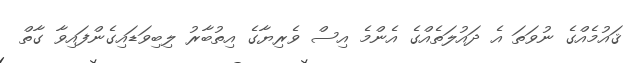
ޤައުމެއްގެ ނުވަތަ އެ ދައުލަތެއްގެ އެންމެ އިސް ވެރިޔާގެ އިތުބާރު ލިބިވަޑައިގެންފައިވާ ގާތް